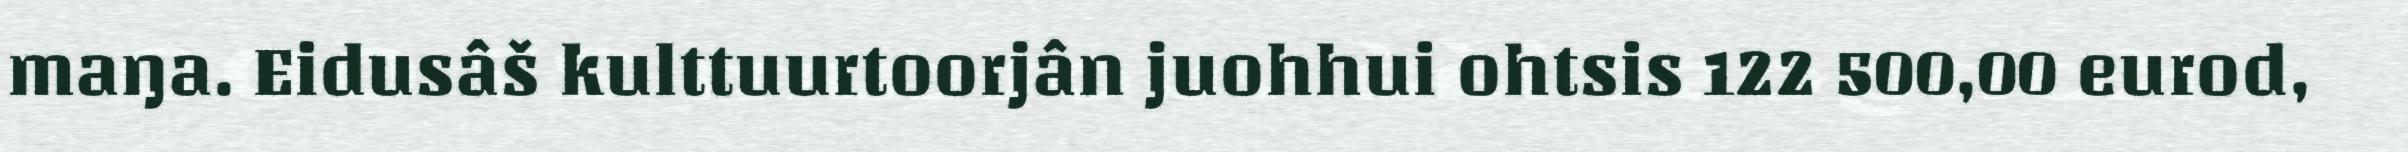
maŋa. Eidusâš kulttuurtoorjân juohhui ohtsis 122 500,00 eurod,